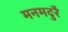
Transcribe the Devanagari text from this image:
मनमदुरै